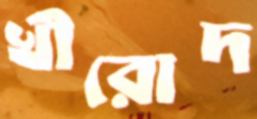
খীরোদ